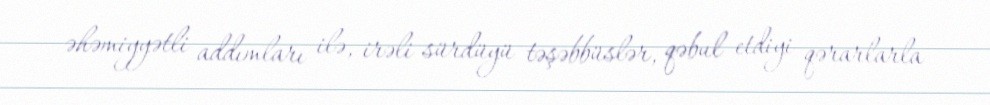
əhəmiyyətli addımları ilə, irəli sürdüyü təşəbbüslər, qəbul etdiyi qərarlarla